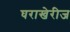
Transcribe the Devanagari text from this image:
घराखेरीज